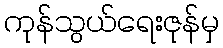
ကုန်သွယ်ရေးဇုန်မှ